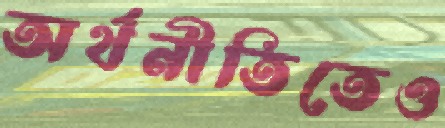
অর্থনীতিতেও